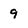
Character: 9